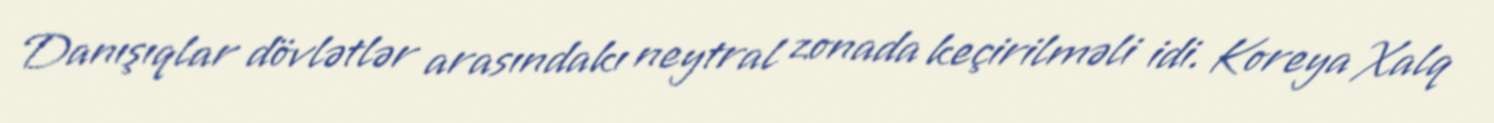
Danışıqlar dövlətlər arasındakı neytral zonada keçirilməli idi. Koreya Xalq